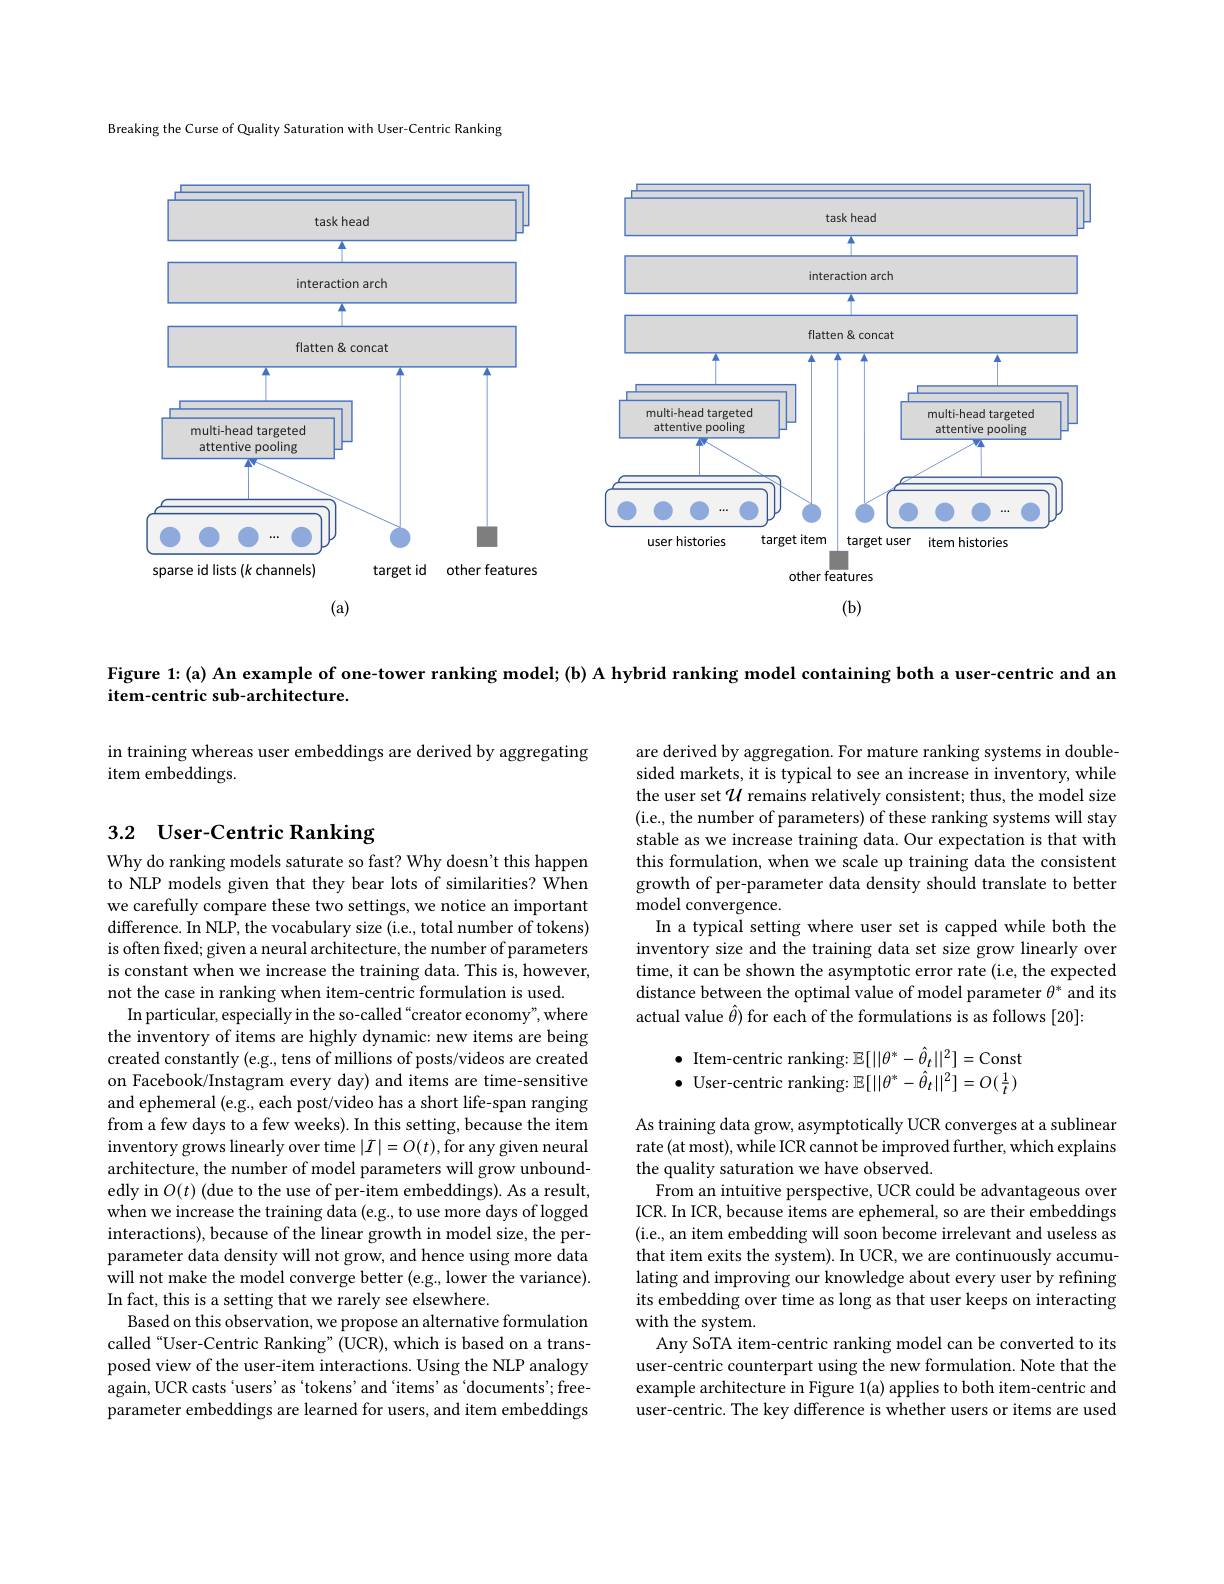
Breaking the Curse of Quality Saturation with User-Centric Ranking

<FigureHere>

Figure 1:(a) An example of one-tower ranking model; (b) A hybrid ranking model containing both a user-centric and an
item-centric sub-architecture.

in training whereas user embeddings are derived by aggregating
item embeddings.

## 3.2 User-Centric Ranking

are derived by aggregation. For mature ranking systems in doublesided markets, it is typical to see an increase in inventory, while the user set $\mathcal{U}$ remains relatively consistent; thus, the model size (i.e., the number of parameters) of these ranking systems will stay stable as we increase training data. Our expectation is that with this formulation, when we scale up training data the consistent growth of per-parameter data density should translate to better ${\mathrm{model~convergence.}}$
In a typical setting where user set is capped while both the inventory size and the training data set size grow linearly over time, it can be shown the asymptotic error rate (i.e, the expected distance between the optimal value of model parameter $\theta^*$ and its actual value $\hat{\theta})$ for each of the formulations is as follows [20]:

$\bullet$ Item-centric ranking: $\mathbb{E}[||\theta^*-\hat{\theta}_t||^2]=$Const $\bullet$ User-centric ranking: $\mathbb{E}[||\theta^*-\hat{\theta}_t||^2]=O(\frac1t)$

Why do ranking models saturate so fast? Why doesn't this happen to NLP models given that they bear lots of similarities? When we carefully compare these two settings, we notice an important difference. In NLP, the vocabulary size (i.e., total number of tokens) is often fixed; given a neural architecture, the number of parameters is constant when we increase the training data. This is, however, not the case in ranking when item-centric formulation is used.
In particular, especially in the so-called “creator economy”, where the inventory of items are highly dynamic: new items are being created constantly (e.g., tens of millions of posts/videos are created on Facebook/Instagram every day) and items are time-sensitive and ephemeral (e.g., each post/video has a short life-span ranging from a few days to a few weeks). In this setting, because the item inventory grows linearly over time $|I|=O(t)$, for any given neural architecture, the number of model parameters will grow unboundedly in $O(t)$ (due to the use of per-item embeddings). As a result, when we increase the training data (e.g., to use more days of logged interactions), because of the linear growth in model size, the perparameter data density will not grow, and hence using more data will not make the model converge better (e.g., lower the variance). In fact, this is a setting that we rarely see elsewhere.
Based on this observation, we propose an alternative formulation called“User-Centric Ranking”(UCR), which is based on a transposed view of the user-item interactions. Using the NLP analogy again, UCR casts ` user$s^{\prime }$as ` token$s^{\prime }$and ` item$s^{\prime }$as ` document$s^{\prime }$free- parameter embeddings are learned for users, and item embeddings

As training data grow, asymptotically UCR converges at a sublinear rate (at most), while ICR cannot be improved further, which explains the quality saturation we have observed.
From an intuitive perspective, UCR could be advantageous over ICR. In ICR, because items are ephemeral, so are their embeddings (i.e., an item embedding will soon become irrelevant and useless as that item exits the system). In UCR, we are continuously accumulating and improving our knowledge about every user by refining its embedding over time as long as that user keeps on interacting with the system
Any SoTA item-centric ranking model can be converted to its user-centric counterpart using the new formulation. Note that the example architecture in Figure 1(a) applies to both item-centric and user-centric. The key difference is whether users or items are used